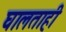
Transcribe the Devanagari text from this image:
घालताही